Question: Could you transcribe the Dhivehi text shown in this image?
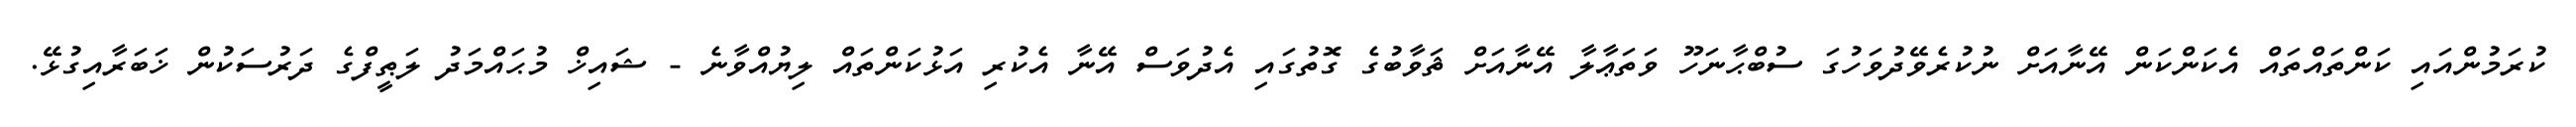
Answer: ކުރަމުންއައި ކަންތައްތައް އެކަންކަން އޭނާއަށް ނުކުރެވޭދުވަހުގަ ސުބްޙާނަހޫ ވަތަޢާލާ އޭނާއަށް ޘަވާބުގެ ގޮތުގައި އެދުވަސް އޭނާ އެކުރި އަޅުކަންތައް ލިޔުއްވާނެ - ޝައިޚް މުޙައްމަދު ލަޠީފްގެ ދަރުސަކުން ޚަބަރާއިގުޅޭ.